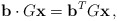
\begin{align*}\mathbf{b}\cdot G\mathbf{x}& = \mathbf{b}^T G\mathbf{x}\,,\end{align*}